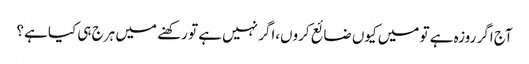
آج اگر روزہ ہے تو میں کیوں ضائع کروں،اگر نہیں ہے تو رکھنے میں ہرج ہی کیا ہے؟